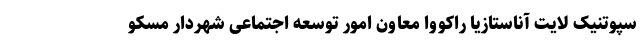
سپوتنیک لایت آناستازیا راکووا معاون امور توسعه اجتماعی شهردار مسکو